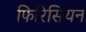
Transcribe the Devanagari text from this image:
फिरिसियन